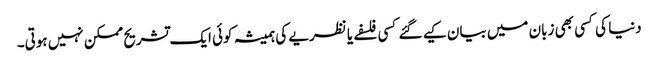
دنیا کی کسی بھی زبان میں بیان کیے گئے کسی فلسفے یا نظریے کی ہمیشہ کوئی ایک تشریح ممکن نہیں ہوتی۔